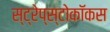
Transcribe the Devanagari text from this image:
स्ट्रेप्स्टोकॉकस